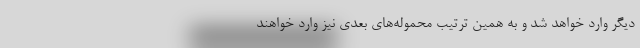
دیگر وارد خواهد شد و به همین ترتیب محموله‌های بعدی نیز وارد خواهند